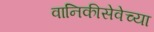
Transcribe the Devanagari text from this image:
वानिकीसेवेच्या